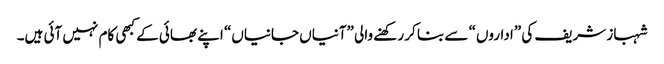
شہباز شریف کی ”اداروں“ سے بنا کر رکھنے والی ”آنیاں جانیاں“ اپنے بھائی کے کبھی کام نہیں آئی ہیں۔